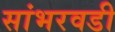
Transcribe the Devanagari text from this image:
सांभरवडी